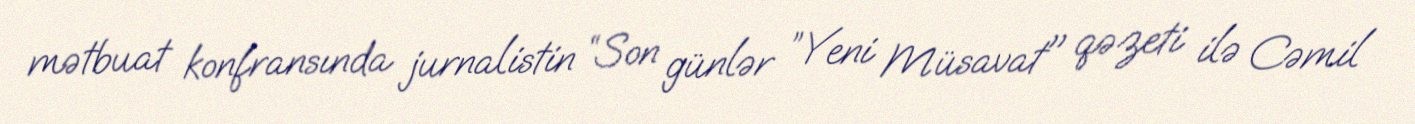
mətbuat konfransında jurnalistin “Son günlər ”Yeni Müsavat" qəzeti ilə Cəmil